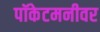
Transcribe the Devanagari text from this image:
पॉकेटमनीवर